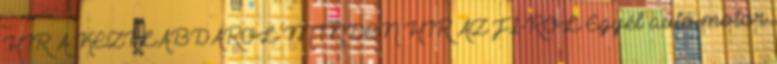
HÍR A KÉZILABDÁRÓL MINDEN HÍR AZ F1-RŐL Egyéb autó-motor